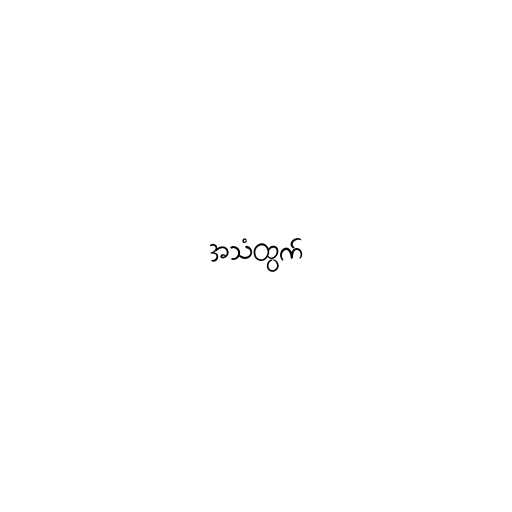
အသံထွက်